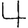
Digit: 4